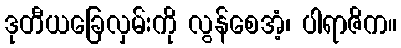
ဒုတီယခြေလှမ်းကို လွန်စေအံ့၊ ပါရာဇိက။